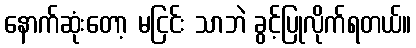
နောက်ဆုံးတော့ မငြင်း သာဘဲ ခွင့်ပြုလိုက်ရတယ်။